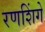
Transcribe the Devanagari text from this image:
रणशिंगे